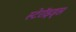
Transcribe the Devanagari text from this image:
स्टेरॉइड्स